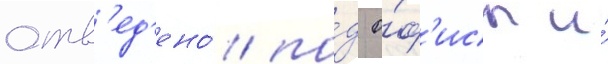
отв'ед'ено́ по́д о́ф'исы и́